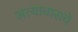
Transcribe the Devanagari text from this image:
अत्‍याचाराचे